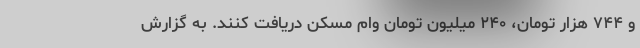
و ۷۴۴ هزار تومان، ۲۴۰ میلیون تومان وام مسکن دریافت کنند. به گزارش